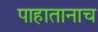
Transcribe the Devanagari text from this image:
पाहातानाच